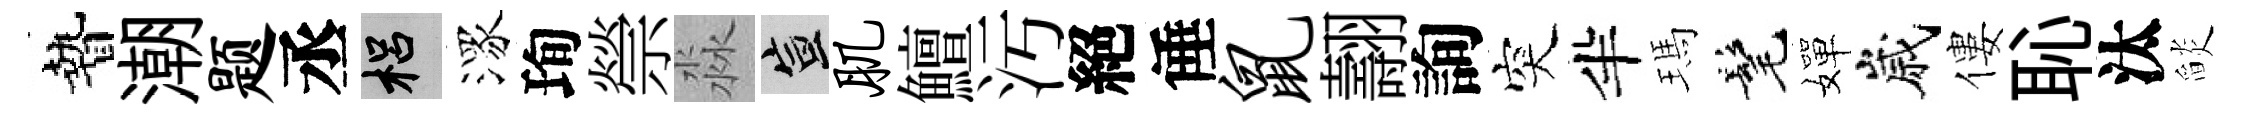
贄潮题丞梠潈珣禜淼宣肌鱣汚絕倕鼠翿詢突半瑪髦嬋嵗僂恥汰𦦨